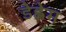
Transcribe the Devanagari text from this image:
डेह्लेम